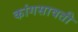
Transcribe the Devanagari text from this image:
कांगसावती